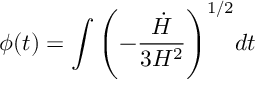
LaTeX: \phi ( t ) = \int { \left( - { { \frac { \dot { H } } { 3 H ^ { 2 } } } } \right) ^ { 1 / 2 } } d t